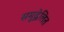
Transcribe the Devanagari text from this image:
समुद्वेलित